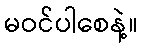
မဝင်ပါစေနဲ့။